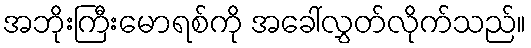
အဘိုးကြီးမောရစ်ကို အခေါ်လွှတ်လိုက်သည်။